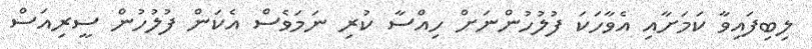
ލިބިފައިވާ ކަމަށާއި އެވާހަކަ ފުލުހުންނަށް ހިއްސާ ކުރި ނަމަވެސް އެކަން ފުލުހުން ސީރިއަސް